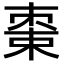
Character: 𬃔